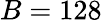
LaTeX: B=128